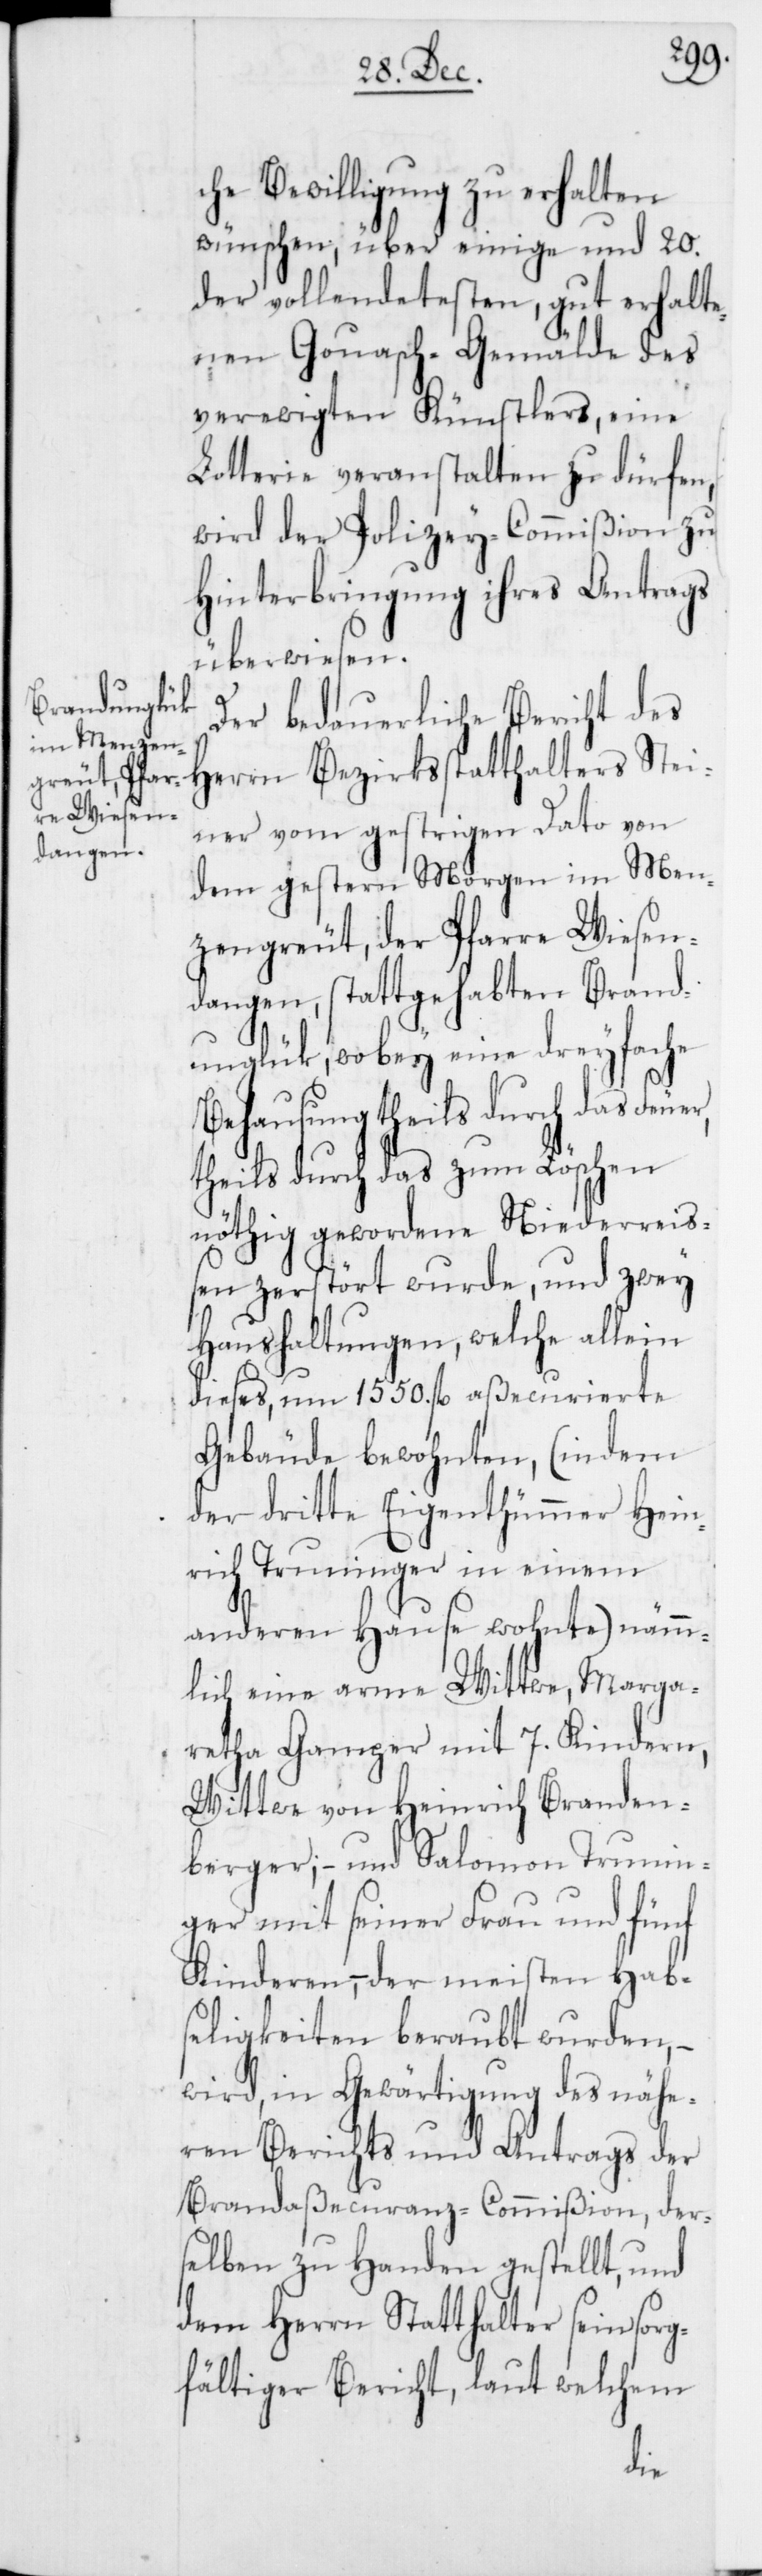
che Bewilligung zu erhalten
wünschen, über einige und 20.
der vollendetesten, gut erhalte¬
nen Gouach-Gemälde des
verewigten Künstlers, eine
Lotterie veranstalten zu dürfen,
wird der Polizey-Commißion zu
Hinterbringung ihres Antrags
überwiesen.
Der bedauerliche Bericht des
Herrn Bezirksstatthalters Stei¬
ner vom gestrigen Dato von
dem gestern Morgen im Men¬
zengreut, der Pfarre Wiesen¬
dangen, stattgehabten Brand¬
unglük, wobey eine dreyfache
Behausung theils durch das Feuer,
theils durch das zum Löschen
nöthig gewordene Niederreiß¬
en zerstört wurde, und zwey
Haushaltungen, welche allein
dieses, um 1550. fl. aßecurierte
Gebäude bewohnten, (indem
der dritte Eigenthümmer Hein¬
rich Truninger in einem
anderen Hause wohnte), nämm¬
lich eine arme Wittwe, Marga¬
retha Gamper mit 7. Kindern,
Wittwe von Heinrich Branden¬
berger; – und Salomon Trunin¬
ger mit seiner Frau und fünf
Kinderen, – der meisten Hab¬
seligkeiten beraubt wurden , –
wird, in Gewärtigung des nähe¬
ren Berichts und Antrags der
Brandaßecuranz-Commißion, der¬
selben zu Handen gestellt, und
dem Herrn Statthalter sein sor¬
gfältiger Bericht, laut welchem